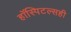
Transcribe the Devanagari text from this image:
हॉस्पिटल्सही